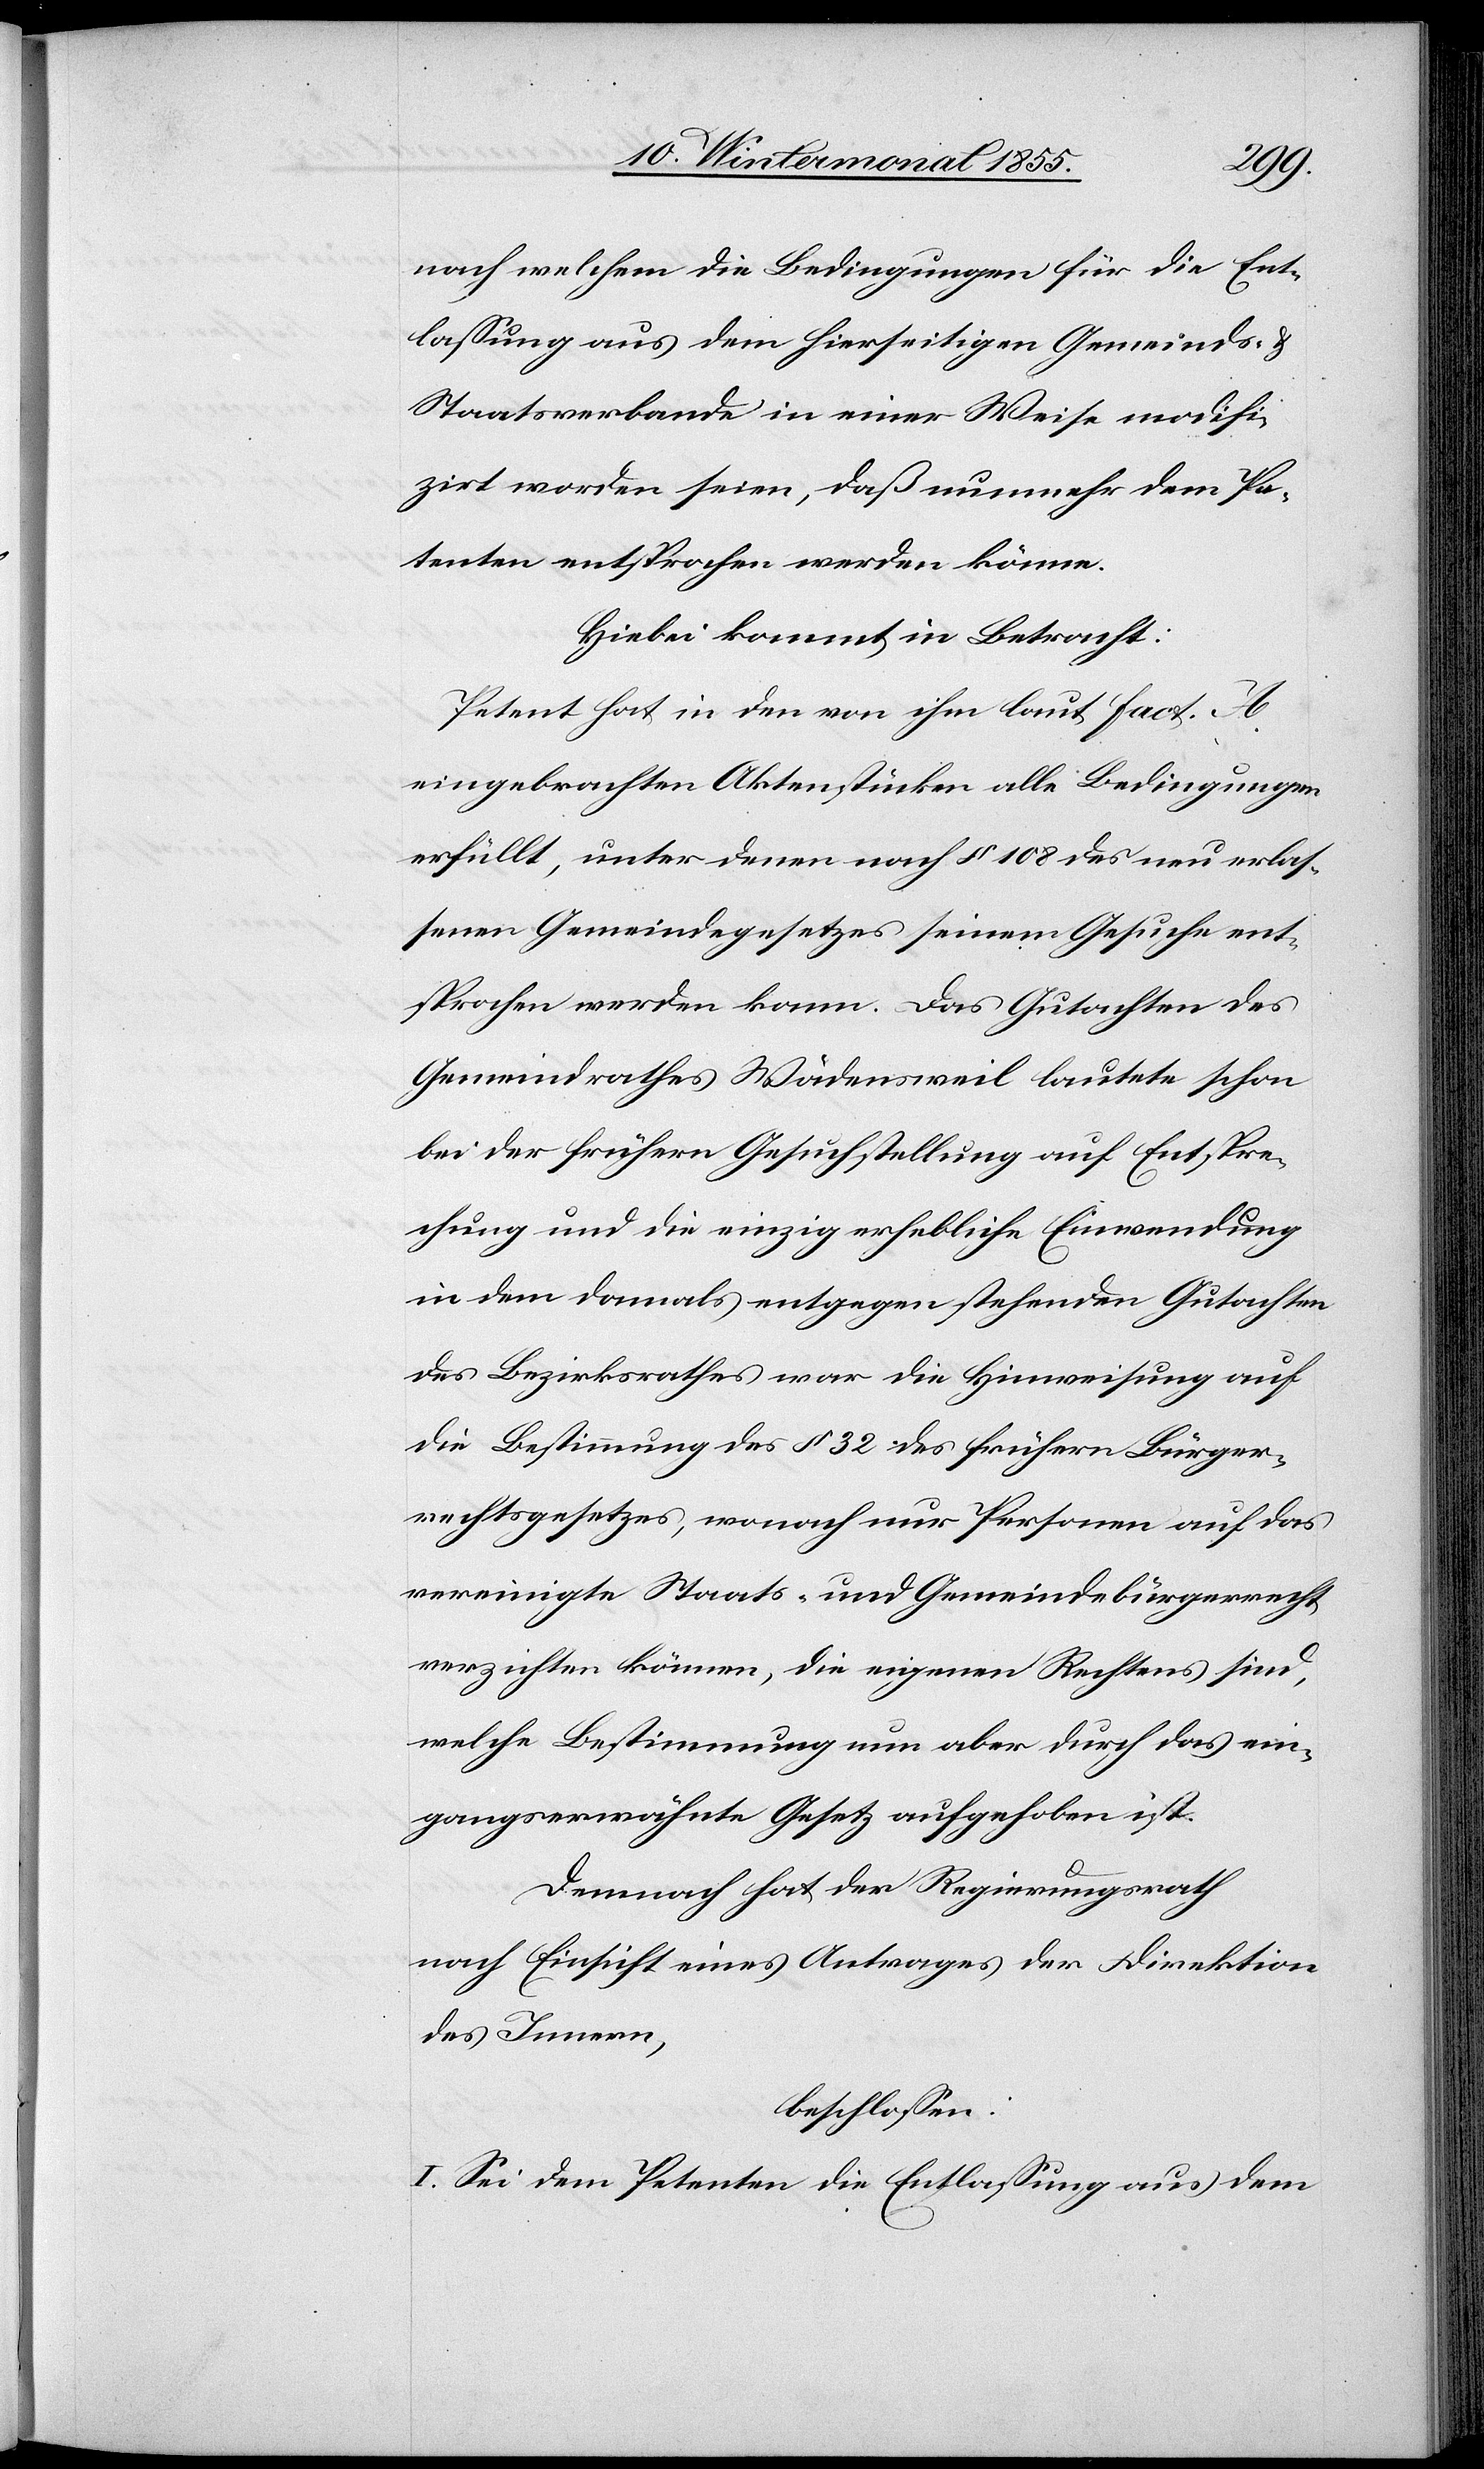
nach welchem die Bedingungen für die Ent¬
lassung aus dem hierseitigen Gemeinds- &
Staatsverbande in einer Weise modifi¬
zirt worden seien, daß nunmehr dem Pe¬
tenten entsprochen werden könne.
Hiebei kommt in Betracht:
Petent hat in den von ihm laut Fact. A
eingebrachten Aktenstücken alle Bedingungen
erfüllt, unter denen nach § 108 des neu erlas¬
senen Gemeindegesetzes seinem Gesuche ent¬
sprochen werden kann. Das Gutachten des
Gemeindrathes Wädensweil lautete schon
bei der frühern Gesuchstellung auf Entspre¬
chung und die einzig erhebliche Einwendung
in dem damals entgegen stehenden Gutachten
des Bezirksrathes war die Hinweisung auf
die Bestimmung des § 32 des frühern Bürger¬
rechtsgesetzes, wonach nur Personen auf das
vereinigte Staats- und Gemeindebürgerrecht
verzichten können, die eigenen Rechtens sind,
welche Bestimmung nun aber durch das ein¬
gangserwähnte Gesetz aufgehoben ist.
Demnach hat der Regierungsrath
nach Einsicht eines Antrages der Direktion
des Innern,
beschlossen:
I. Sei dem Petenten die Entlassung aus dem